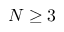
N \ge 3